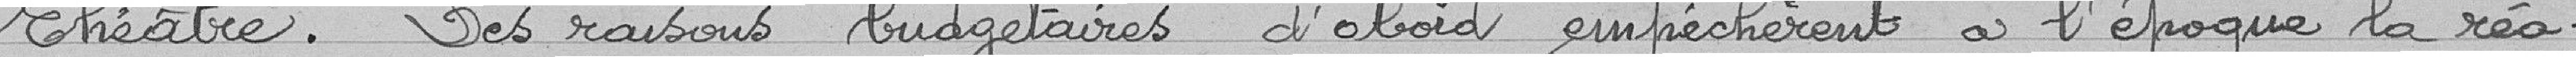
théâtre. Des raisons budgétaires d'abord empêchèrent à l'époque la réa-